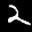
Label: 2